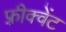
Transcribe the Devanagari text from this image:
फ़्रीक्वेंट